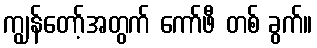
ကျွန်တော့်အတွက် ကော်ဖီ တစ် ခွက်။